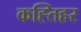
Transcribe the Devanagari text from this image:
कह्तिहर